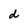
Character: d